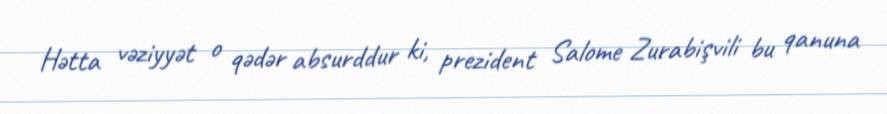
Hətta vəziyyət o qədər absurddur ki, prezident Salome Zurabişvili bu qanuna